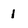
Character: 1